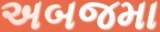
અબજમા